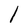
Character: l